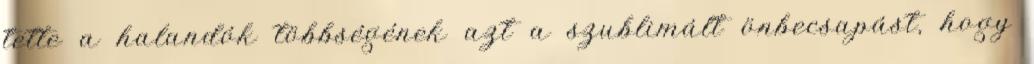
tette a halandók többségének azt a szublimált önbecsapást, hogy